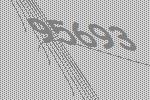
95693